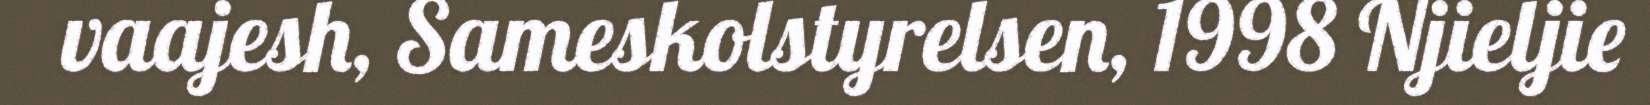
vaajesh, Sameskolstyrelsen, 1998 Njieljie